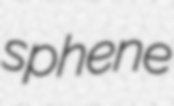
sphene